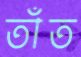
তাঁত